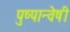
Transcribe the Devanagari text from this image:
पुष्पान्वेषी